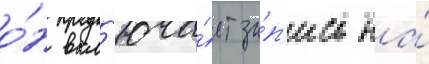
о́н вкл'юча́ет за́п'ись на́